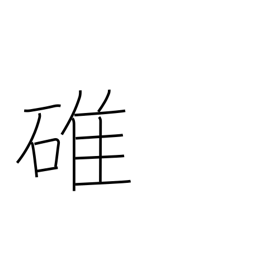
Meaning: pestle